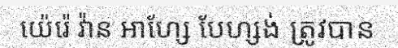
យ៉េរ៉េ វ៉ាន អាហ្សែ បែហ្សង់ ត្រូវបាន